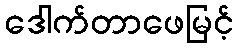
ဒေါက်တာဖေမြင့်